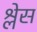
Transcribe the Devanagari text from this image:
श्लेस